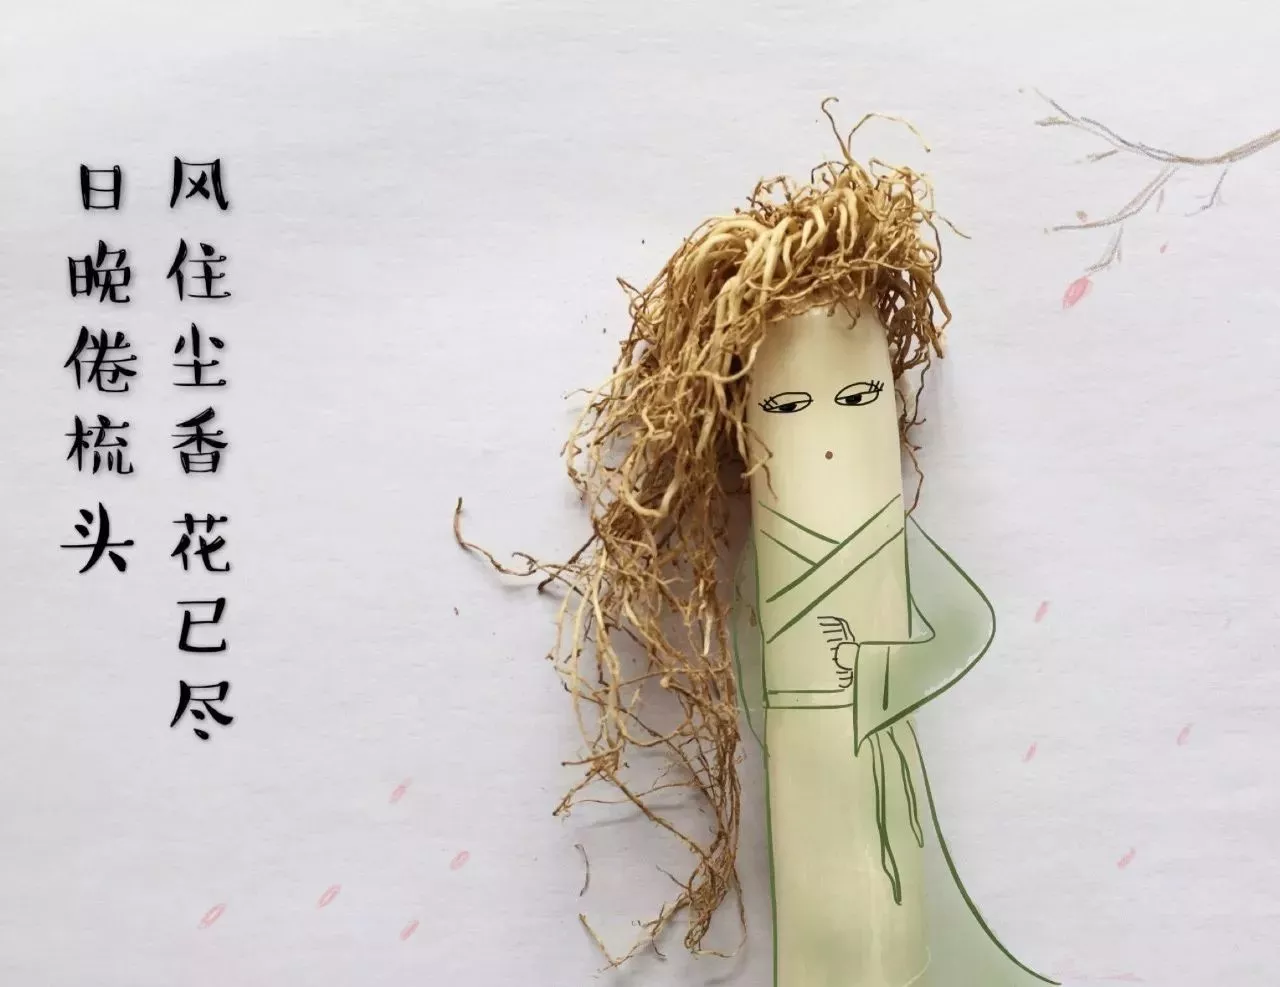
风住尘香花已尽，日晚倦梳头。